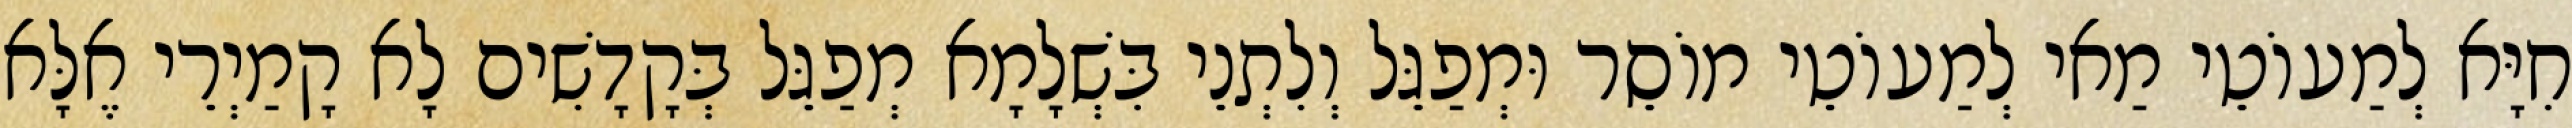
חִיָּא לְמַעוֹטֵי מַאי לְמַעוֹטֵי מוֹסֵר וּמְפַגֵּל וְלִתְנֵי בִּשְׁלָמָא מְפַגֵּל בְּקָדָשִׁים לָא קָמַיְרֵי אֶלָּא